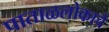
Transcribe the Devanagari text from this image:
पाताळलोकाचे